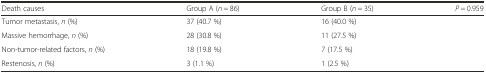
<table><thead><tr><td><b>Death causes</b></td><td><b>Group A (<i>n</i> = 86)</b></td><td><b>Group B (<i>n</i> = 35)</b></td><td><b><i>P =</i> 0.959</b></td></tr></thead><tbody><tr><td>Tumor metastasis, <i>n</i> (%)</td><td>37 (40.7 %)</td><td>16 (40.0 %)</td><td></td></tr><tr><td>Massive hemorrhage, <i>n</i> (%)</td><td>28 (30.8 %)</td><td>11 (27.5 %)</td><td></td></tr><tr><td>Non-tumor-related factors, <i>n</i> (%)</td><td>18 (19.8 %)</td><td>7 (17.5 %)</td><td></td></tr><tr><td>Restenosis, <i>n</i> (%)</td><td>3 (1.1 %)</td><td>1 (2.5 %)</td><td></td></tr></tbody></table>